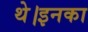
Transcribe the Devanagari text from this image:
थे।इनका